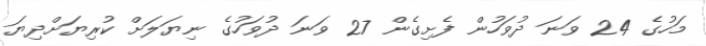
މަހުގެ 24 ވަނަ ދުވަހުން ފެށިގެން 27 ވަނަ ދުވަހުގެ ނިޔަލަށް ކުރިޔަށްދިޔަ